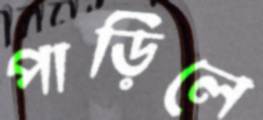
পাড়িলে